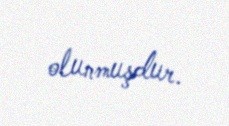
olunmuşdur.